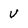
Character: V